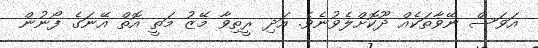
އަވަސް ނޭވާތަކެއް ދޫކޮށްލެވުނެވެ. އަދި ރީތިވާ މޭޒު މަތީ އޮތް އޭނަގެ ފޯނުން